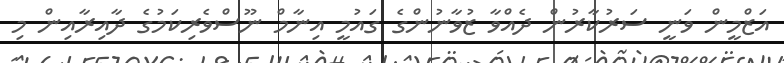
އަޒްމީން ވަނީ ސަރުކާރުން ދެއްވާ ޒުވާނުންގެ ގައުމީ އިނާމް ނޫސްވެރިކަމުގެ ދާއިރާއިން މި